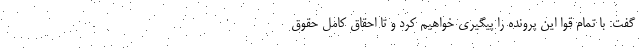
گفت: با تمام قوا این پرونده را پیگیری خواهیم کرد و تا احقاق کامل حقوق